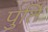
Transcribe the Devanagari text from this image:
पुर्ति